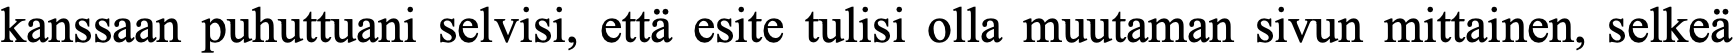
kanssaan puhuttuani selvisi, että esite tulisi olla muutaman sivun mittainen, selkeä